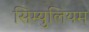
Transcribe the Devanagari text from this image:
सिम्युलियम